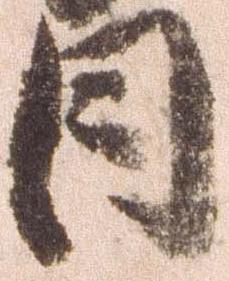
日